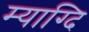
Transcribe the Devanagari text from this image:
म्याग्दि